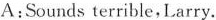
A:Sounds terrible,Larry.